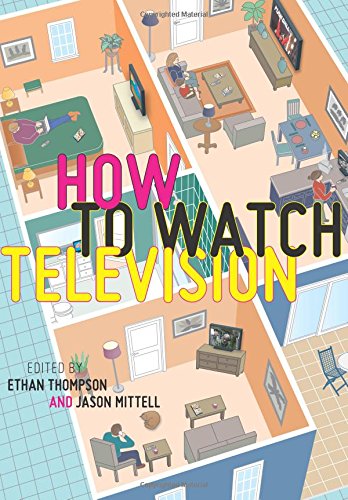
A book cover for How To Watch Television; Humor & Entertainment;